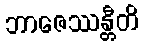
ဘာဇေဿန္တီတိ